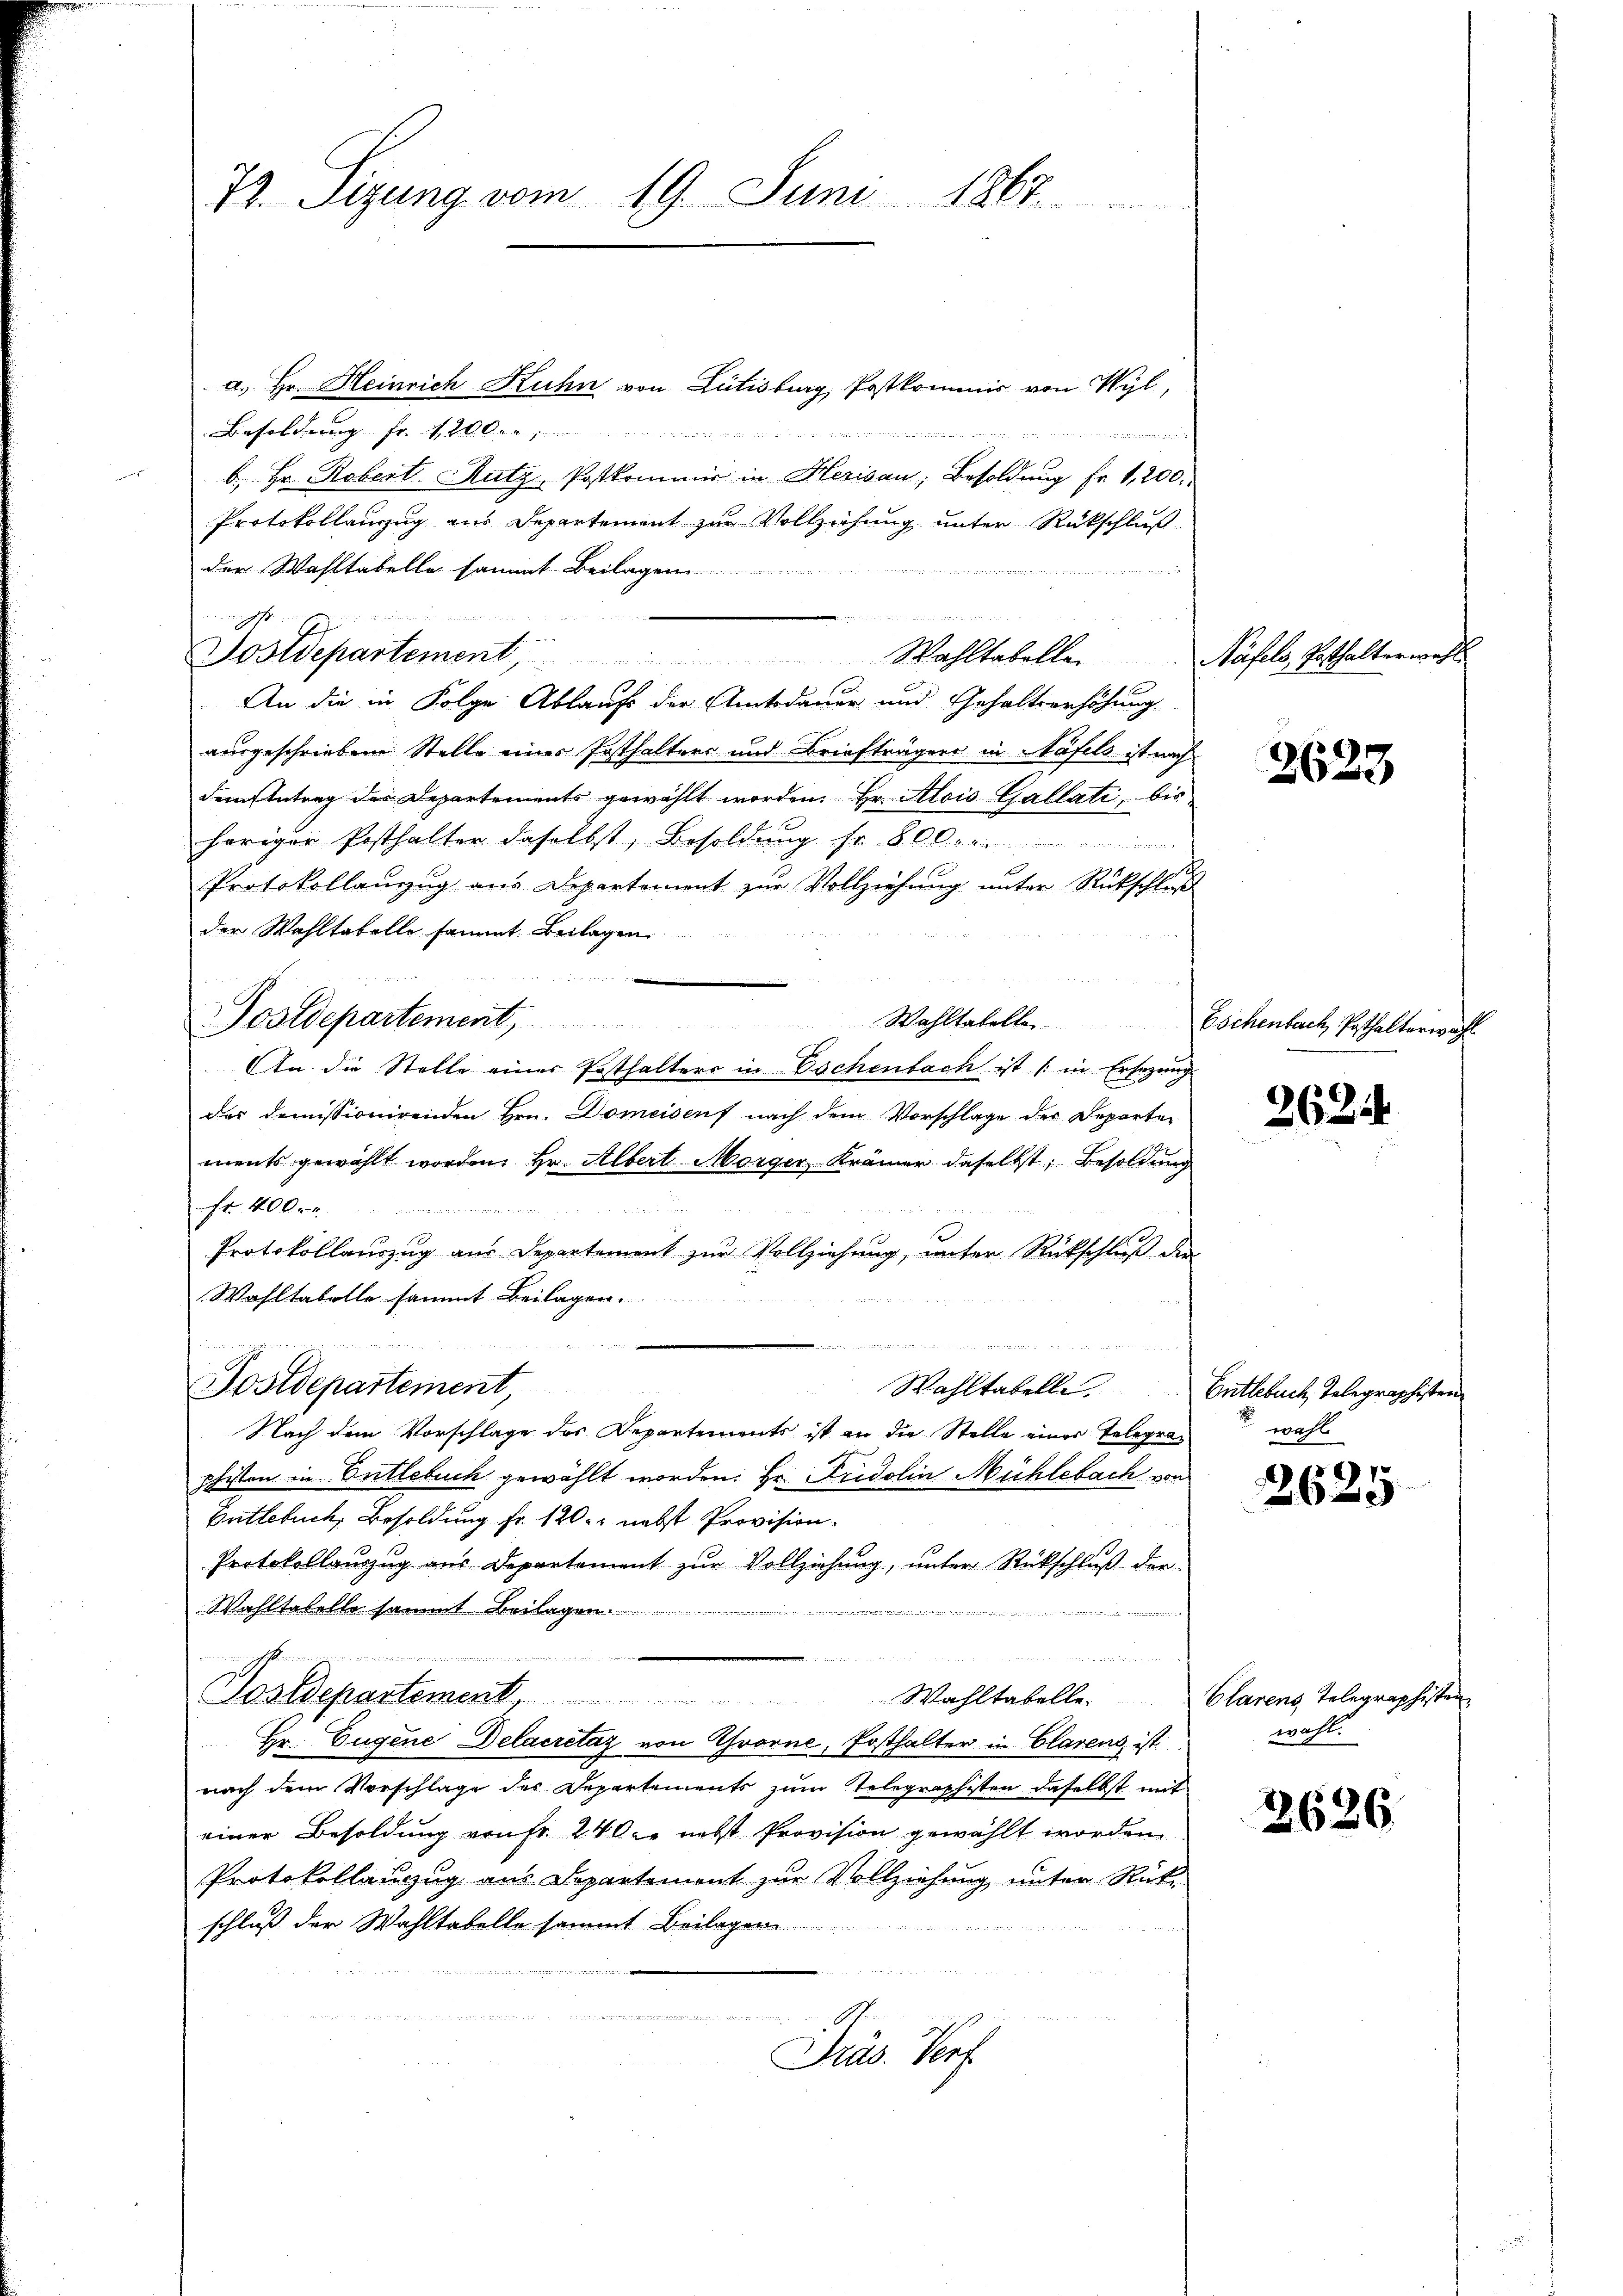
74. Sizung vom 19. Juni 1867.

a. Hr. Heinrich Kuhn von Lütisburg Postkommis von Wyl,
Besoldung fr. 4,200. an
g

b. Hr. Robert Rutz, Postkommer in Herisau, Besoldung fr. 1,200.
Protokollanzug aus Departement zur Vollziehung unter Rückschluß
der Wahltabelle sammt Beilagen
2
An die in Folge Ablaufs der Amtsdauer und Gehaltserhöhung
ausgeschriebene Stelle eines Posthalters und Briefträgers in Näfels ist nach
dem Antrag des Departements gewählt worden. Hr. Alois Gallati, bis
heriger Posthalter daselbst, Besoldung fr. 800. ver
Protokollanzug aus Departement zur Vollziehung unter Rückschluß
der Wahltabelle sammt Beilagen
Postdepartement,
Wohltakelte. Eschenbach Posthalterwahl
An die Stelle einer Posthalters in Eschenbach ist (in Ersezung
der demissionirenden Hrn. Domeisenf nach dem Vorschlage der Departements gewählt worden. Hr. Albert Morger Krämer daselbst, Besoldung
Fr. 400 r
Protokollauszug aus Departement zur Vollziehung, unter Rückschluß die
Wahltabelle sammt Beilagen.

Postdepartement,
Wahltabelle.
Nach dem Vorschlage des Departements ist an die Stelle einer Telegraphiston in Entlebuch gewählt worden. Hr. Fridolin Mühlebach von
Entlebuch, Besoldung fr. 120. nebst Provision
Protokollanzug aus Departement zur Vollziehung, unter Rückschluß der
Wahltatelle sammt
u
m
u
Postdepartement, Wahltabelle. Clarens Telegraphisten
Hr. Eugene Delacretag von vorne, Posthalter in Clarens ist
nach dem Vorschlage des Departements zum Telegraphisten daselbst mit
einer Besoldung von Fr. 24 Oce nebst Provision gewählt worden.
Protokollauszug aus Departement zur Vollziehung unter Rükschluß der Wahltabelle sammt Beilagen
 . Gen
Präs. Verf

uinghoffe meisten den den gernennen, und in

m
Sostdepartement, Wahltabelle. Näfels, Posthalterwahl

2623

2624

Entlebuch Telegraphisten
wahl

6
260

wahl.

2626.